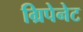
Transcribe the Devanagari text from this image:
ग्रिपेनेट